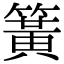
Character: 簧